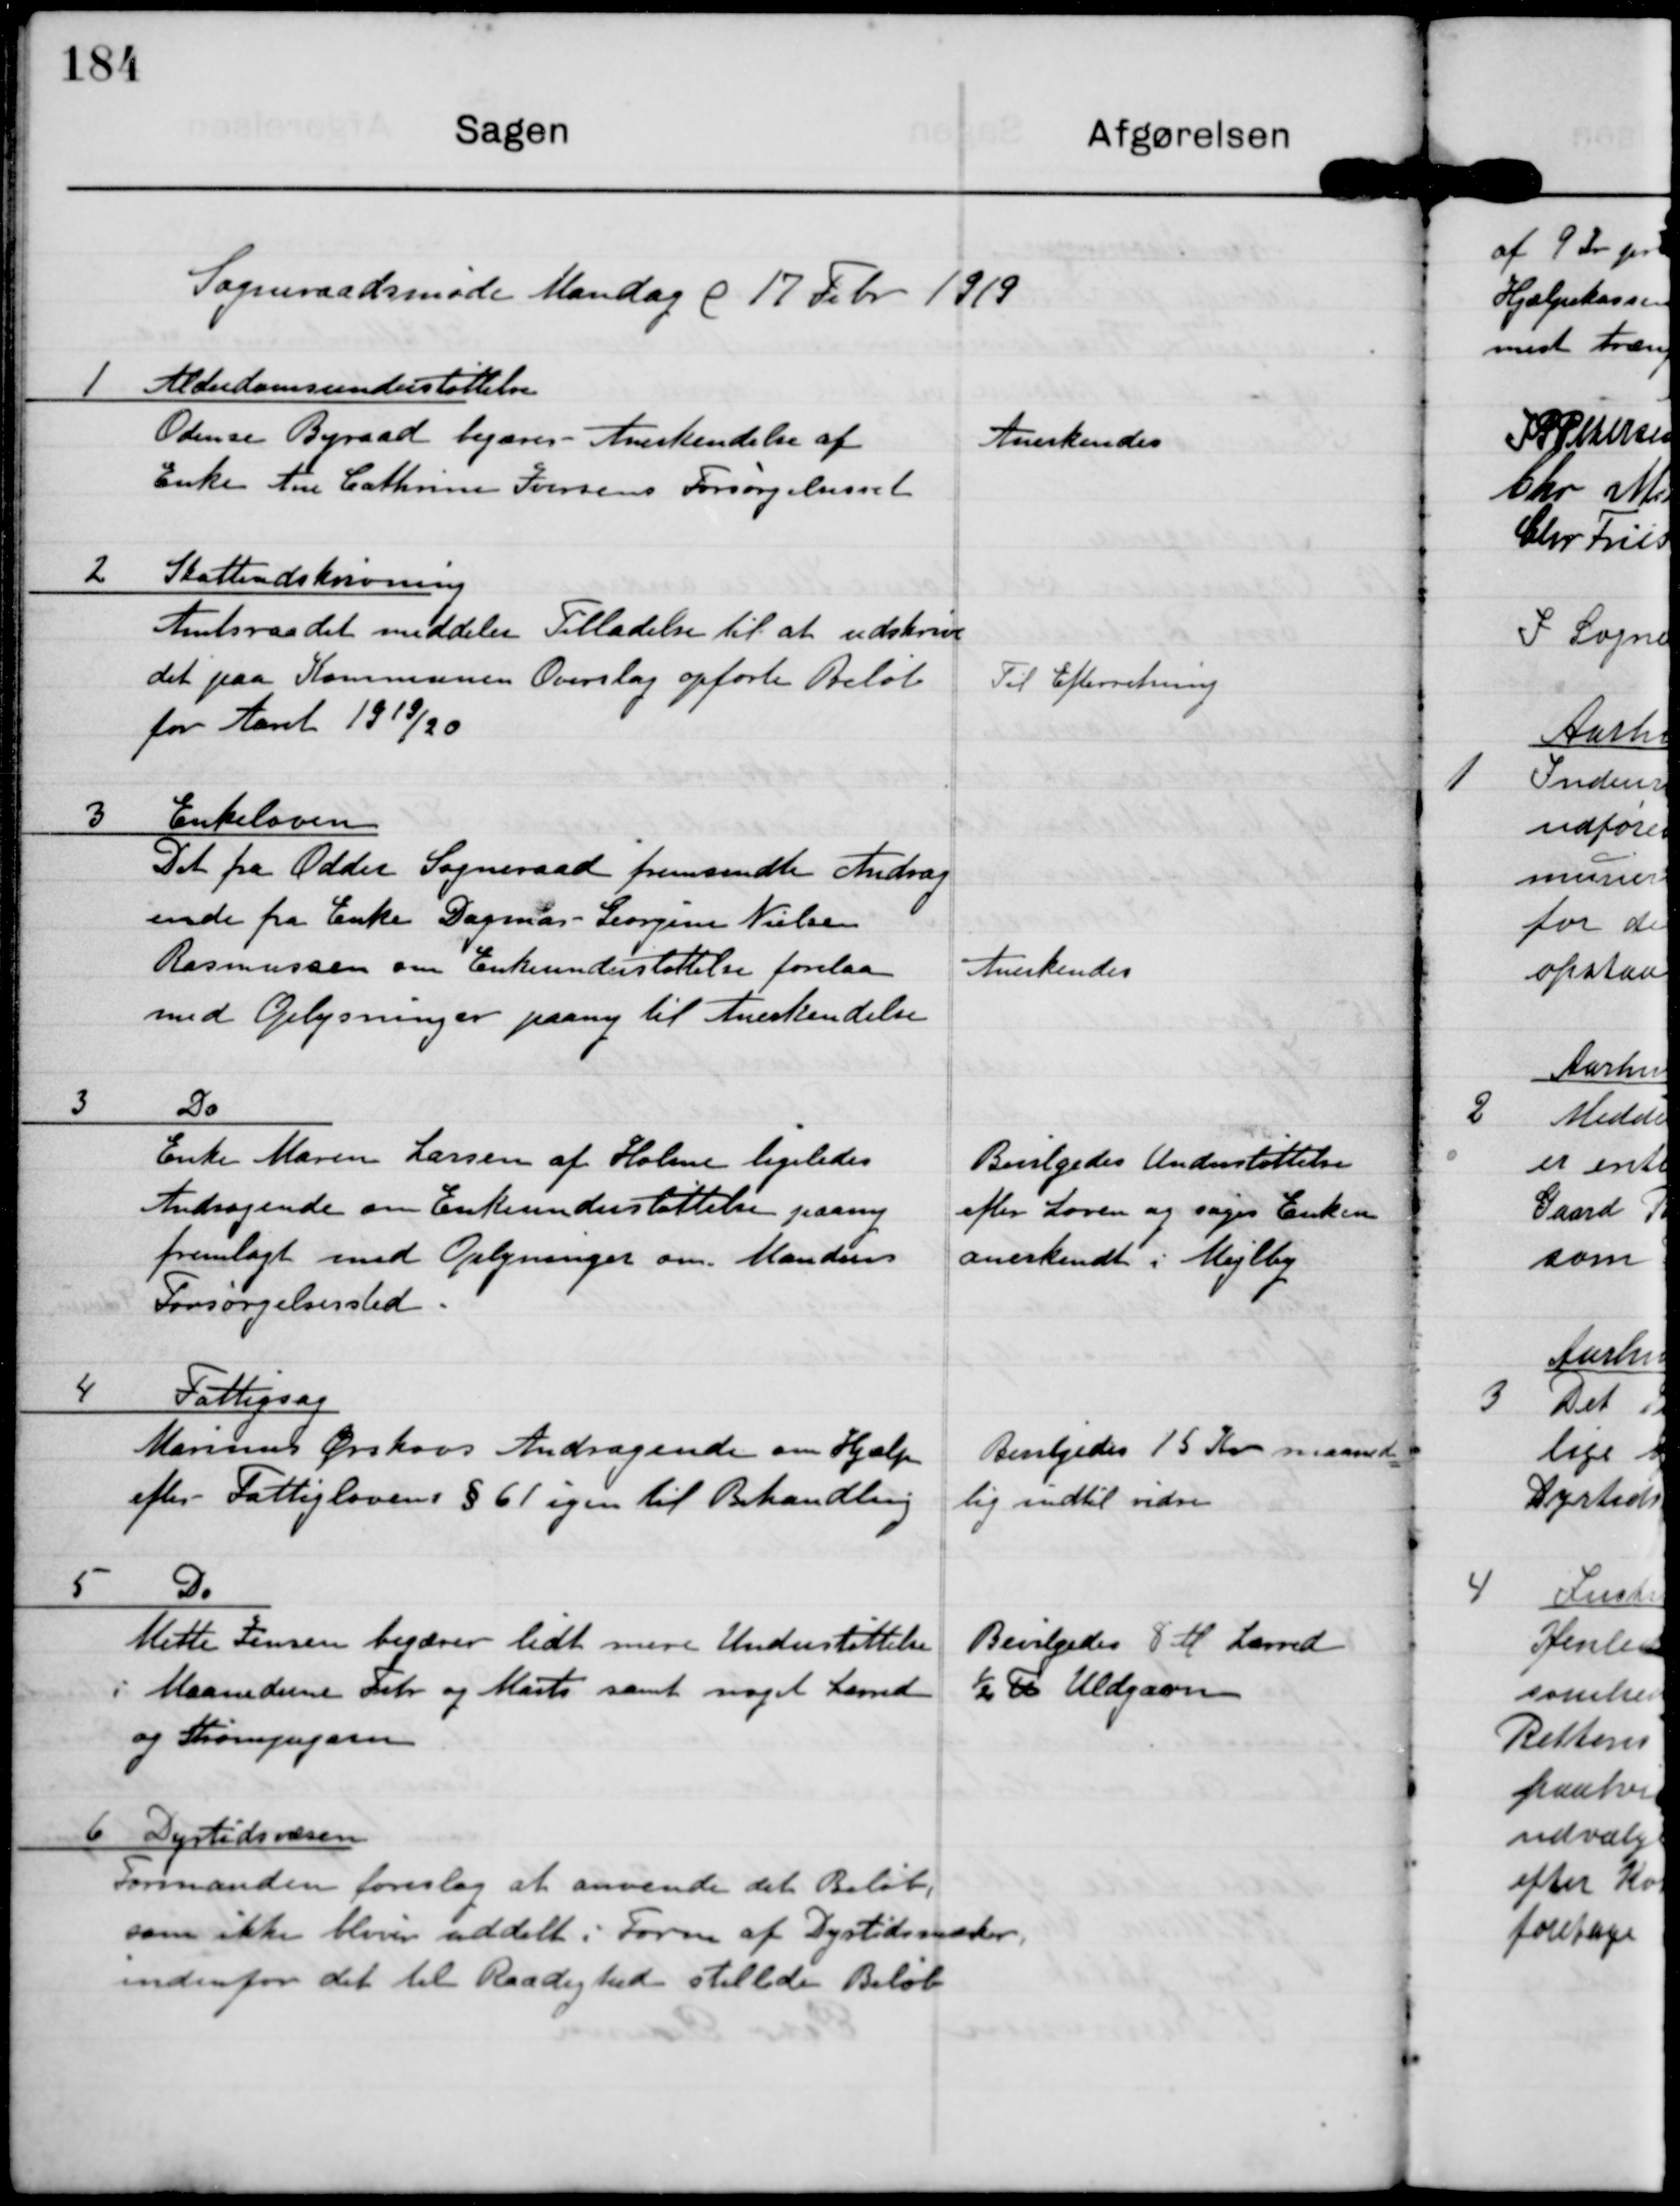
Transskription:
Sogneraadsmøde Mandag d 17 Febr 1919

1 Alderdomsunderstøttelse
Odense Byraad begærer Anerkendelse af
Enke Ane Cathrine Iversens Forsørgelsesret

Anderkendes

2 Skatteudskrivning
Amtsraadet meddeler Tilladelse til at udskrive
det paa Kommunens Overslag opførte Beløb
for Aaret 1919/20

Til Efterretning

3 Enkeloven
Det fra Odder Sogneraad fremsendte Andrag
inde fra Enke Dagmar-Georgine Nielsen
Rasmussen om Enkeunderstøttelse forelaa
med Oplysninger paany til Anerkendelse

Anerkendes

3 Do
Enke Maren Larsen af Holme ligeledes
Andragende om Enkeunderstøttelse paany
fremlagt med Oplysninger om Mandens
Forsørgelsessted.

Bevilgedes Understøttelse
efter Loven og søges Enken
anerkendt i Mejlby

4 Fattigsag
Marinus Ørskovs Andragende om Hjælp
efter Fattiglovens §61 igen til Behandling

Bevilgedes 15 Kr maaned-
lig indtil vidre.

5 Do
Mette Jensen begærer lidt mere Understøttelse
i Maanederne Febr og Marts samt noget Lærred
og Strømpegarn

Bevilgedes 8 M Lærred
½ Pund Uldgarn

6 Dyrtidsvæsen
Formanden foreslog at anvende det Beløb,
som ikke bliver uddelt i Form af Dyrtidsmærker
indenfor det til Raadighed stillede Beløb